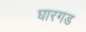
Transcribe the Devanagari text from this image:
घारगड